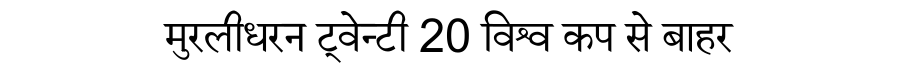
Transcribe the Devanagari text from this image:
मुरलीधरन ट्वेन्टी 20 विश्व कप से बाहर